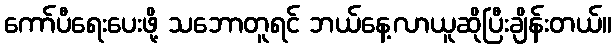
ကော်ပီရေးပေးဖို့ သဘောတူရင် ဘယ်နေ့လာယူဆိုပြီးချိန်းတယ်။